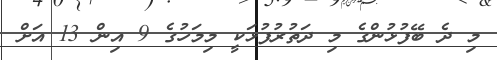
މި ދެ ބޭފުޅުންގެ މި ދަތުރުފުޅަކީ މިމަހުގެ 9 އިން 13 އަށް